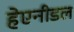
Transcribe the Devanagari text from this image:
हेएनीडल